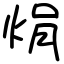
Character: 焆